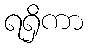
ရရှိကာ